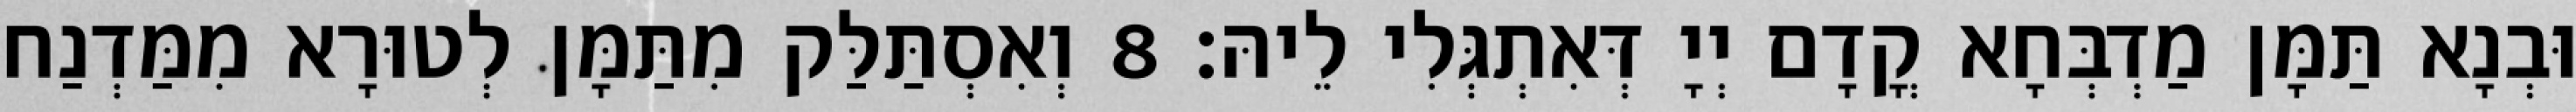
וּבְנָא תַּמָּן מַדְבְּחָא קֳדָם יְיָ דְּאִתְגְּלִי לֵיהּ׃ 8 וְאִסְתַּלַּק מִתַּמָּן לְטוּרָא מִמַּדְנַח